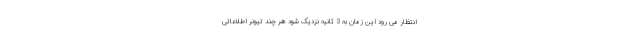
انتظار می رود این زمان به 3 ثانیه نزدیک شود هر چند تیونر اطلاعاتی